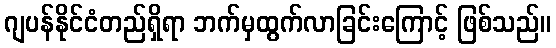
ဂျပန်နိုင်ငံတည်ရှိရာ ဘက်မှထွက်လာခြင်းကြောင့် ဖြစ်သည်။